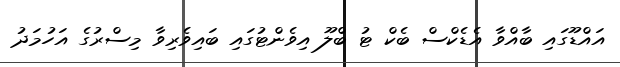
އައްޑޫގައި ބާއްވާ އެޑެކްސް ބެކް ޓު ބްލޫ އިވެންޓުގައި ބައިވެރިވާ މިސްރުގެ އަހުމަދު